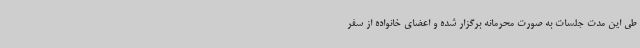
طی این مدت جلسات به صورت محرمانه برگزار شده و اعضای خانواده از سفر